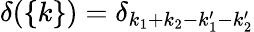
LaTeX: \delta(\{ k\} )=\delta_{k_{1}+k_{2}-k_{1}^{\prime}-k_{2}^{\prime}}